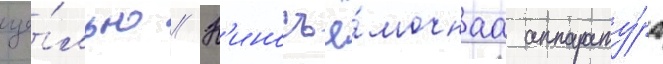
ще́лью // К'иносъё́мочнаа аппарату́ра